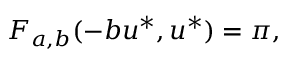
F _ { a , b } ( - b u ^ { * } , u ^ { * } ) = \pi ,